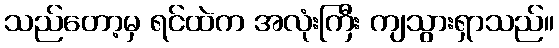
သည်တော့မှ ရင်ထဲက အလုံးကြီး ကျသွားရှာသည်။